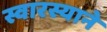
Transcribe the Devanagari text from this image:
स्वारस्याने